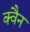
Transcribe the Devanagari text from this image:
क्वैन